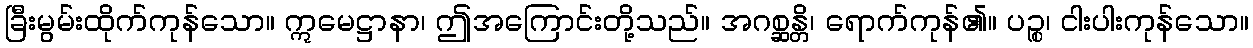
ခြီးမွမ်းထိုက်ကုန်သော။ ဣမေဋ္ဌာနာ၊ ဤအကြောင်းတို့သည်။ အဂစ္ဆန္တိ၊ ရောက်ကုန်၏။ ပဉ္စ၊ ငါးပါးကုန်သော။